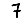
Digit: 7